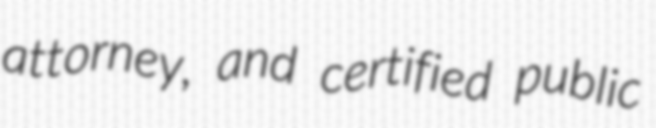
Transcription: attorney, and certified public